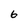
Character: 6